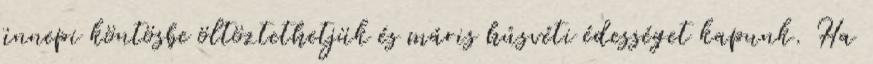
ünnepi köntösbe öltöztethetjük és máris húsvéti édességet kapunk. Ha